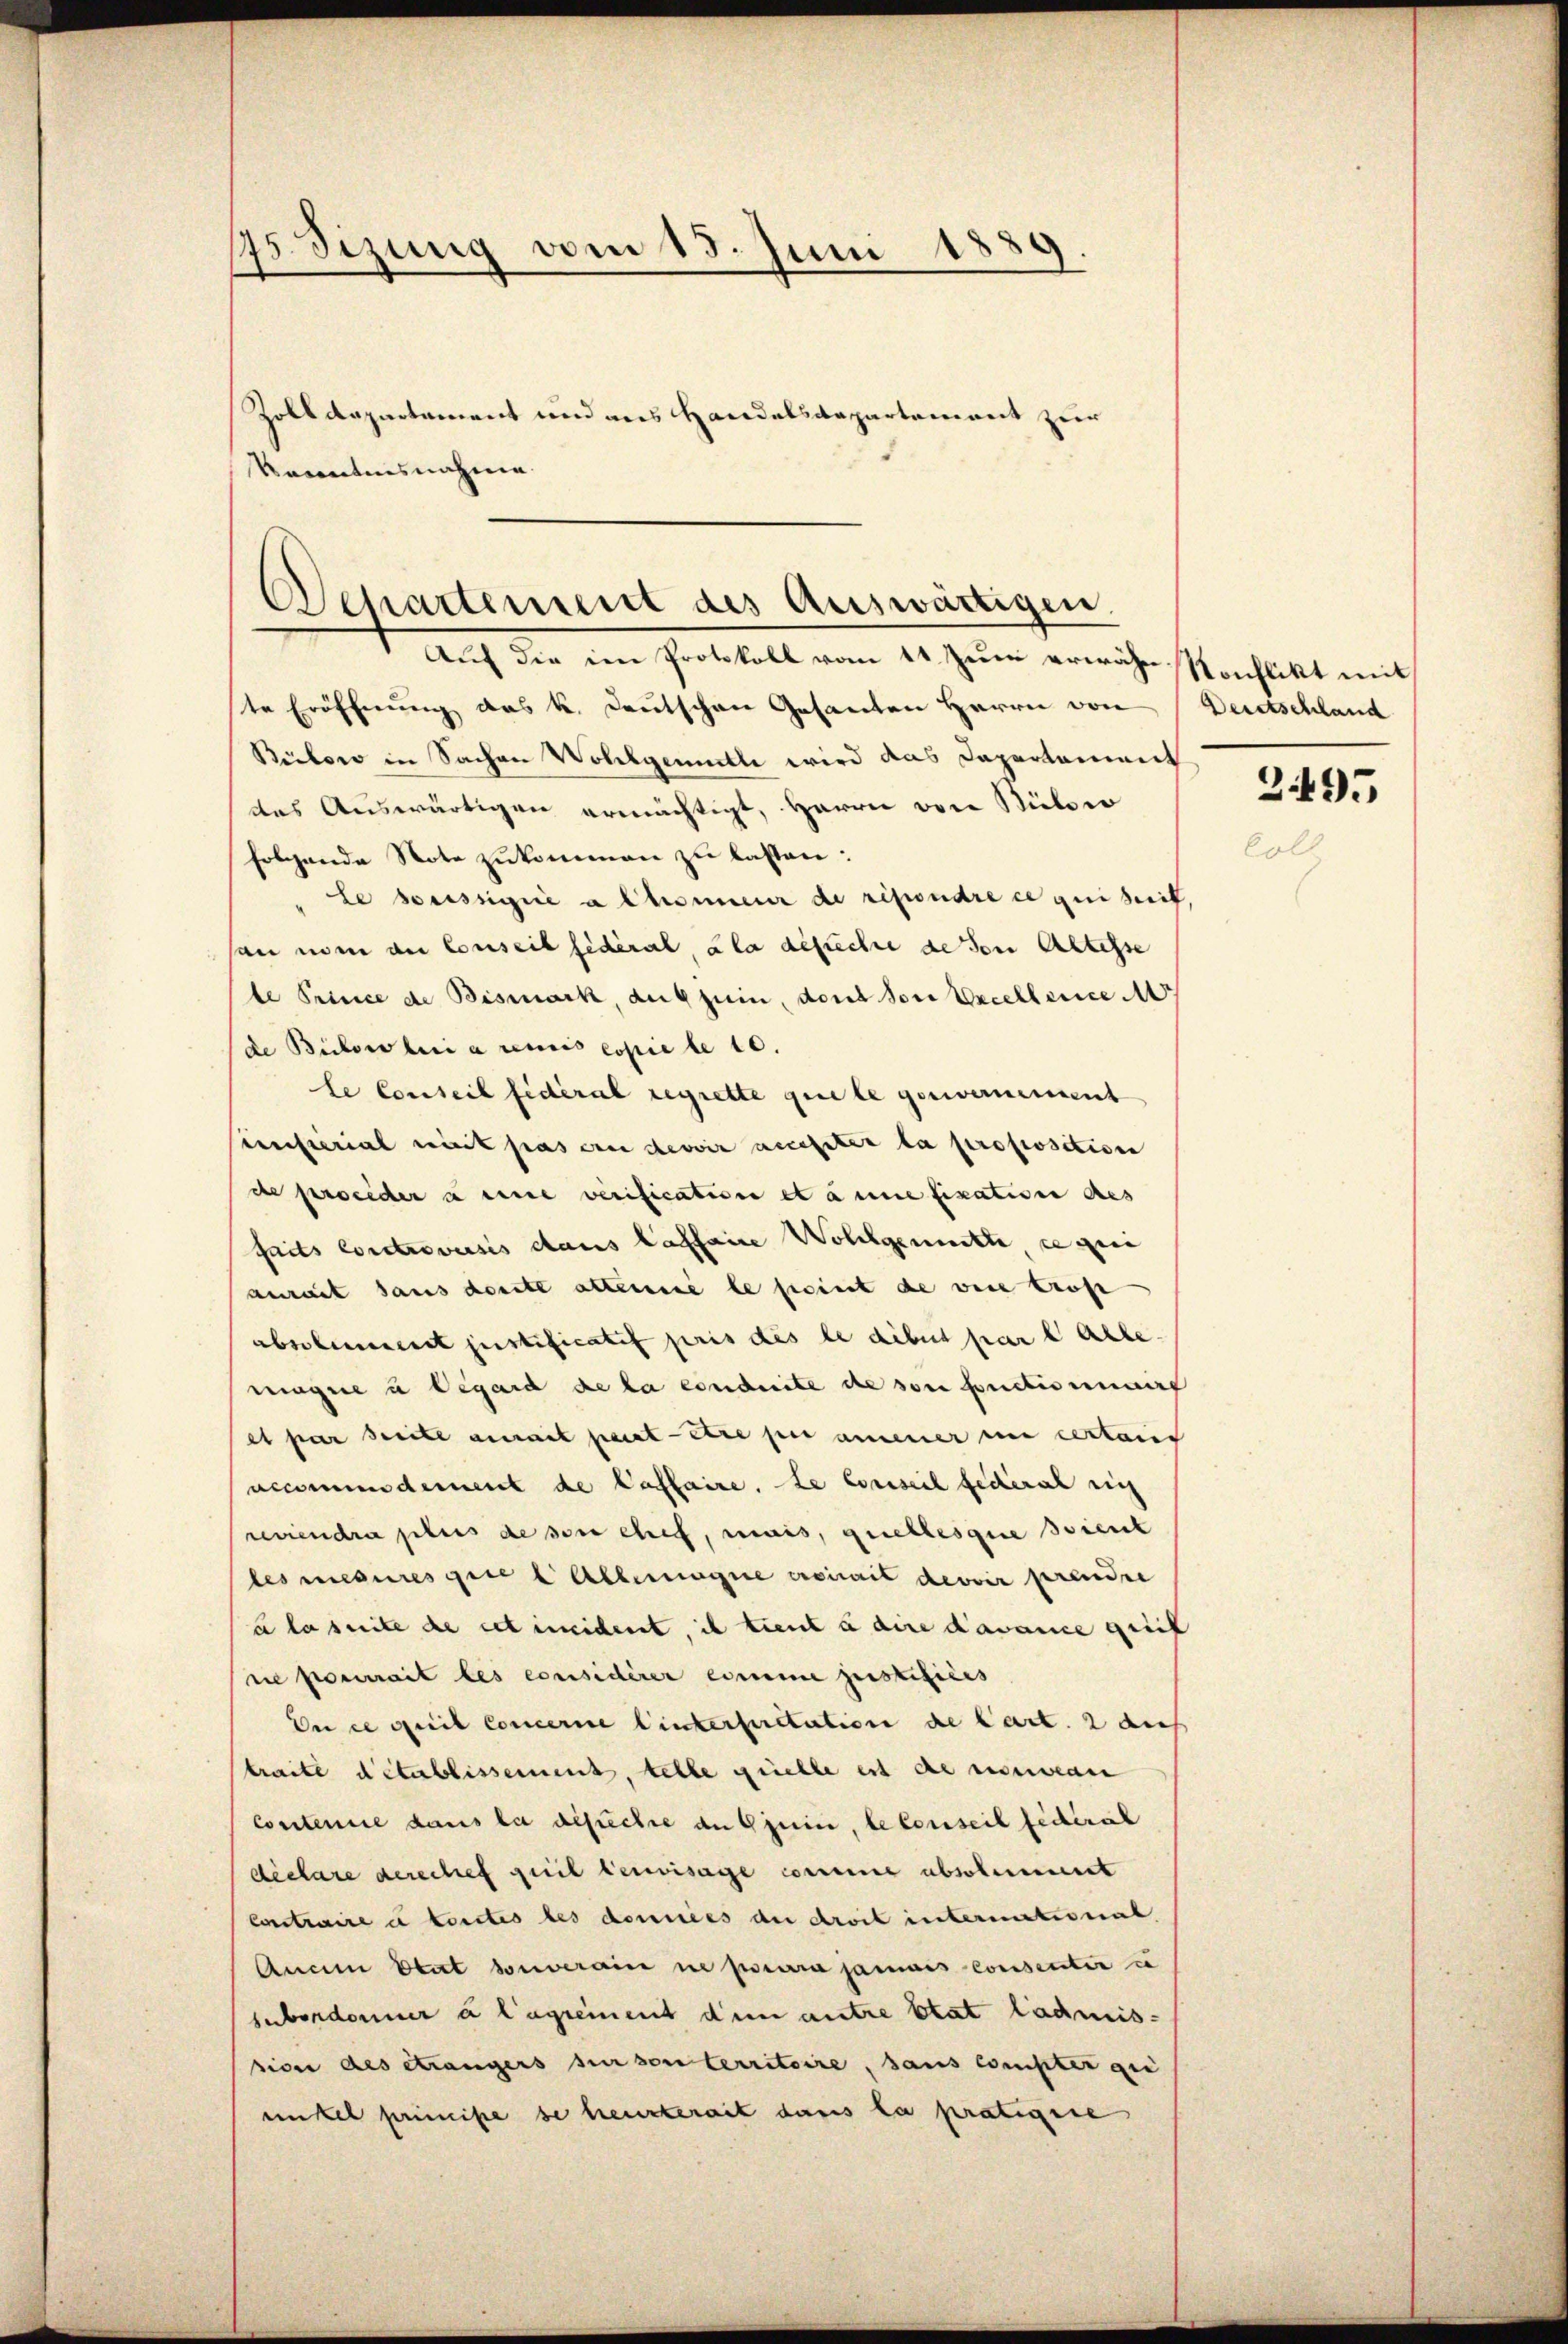
75 Sizung vom 15. Juni 1889.
Zolldepartement und aus Handelsdepartement zur
Vacantiisnahme.

Departement des Auswärtigen.
Auf die im Protokoll vom 11 zum erwähn-Konflikt mit

ste Eröffnung das k. Deutschen Gesanten Herrn von
Bietow in Sachen Wohlgemutte wird das Capartement
das Auswärtigen ermächtigt, Herren von Bülowo
folgende Note zukommen zu lassen:
le soussignie a Chonneur de répondre ce qui seit
san nun an Conseil fédéral, ala gesuche de son Altesse
te Prince de Bismark, auf sein, dont son Excellence
de Bülow lui a renis espiele 10.
le Conseil fidéral regrette quele genvernement
iernsterial mit pas eine devoir auchter la proposition
de proceder a eine verification et anne fixation des
faits controversis dans laffaire Wollgement ce qui
aurait sans deute alleine le seint de vere trost
absolument justificatif pris des le dibus par l. Alle
magne u Vegard de la conduite de son fonctionnaire
et par Seite aurait parat-Ere per amener in certain
accomendement de Caffaire. Le conseil federat sich
reviendra plus de son chef, mais, quellesque soient
les mesures quel Allemagne croirait devoir prendre
a la seite de cet ineident, ich tient à aine davance quick
i pourrait les considérer comme geistifices
En ce quil Concerne linterpretation de Cart. 2 de
traite détablissement, telle quelle est denseean
Contenue dans la defechte an Gjuin, le conseil fédéral
declare derechef geeil benvisage comme absolument
Contraire à forstes des données de droit intermational
Anain Etat souverain ne pourra jamais consentir u
subordonner a lagrement dem antre état ladmissive des étrangers sur von territoire, sans compter gei
mikel primise se heurterait dans la pratigire

Deretschland

2495